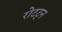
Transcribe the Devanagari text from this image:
रोटट्न